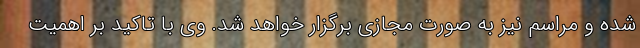
شده و مراسم نیز به صورت مجازی برگزار خواهد شد. وی با تاکید بر اهمیت